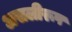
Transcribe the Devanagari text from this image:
असलीरूप